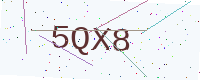
Text: 5QX8